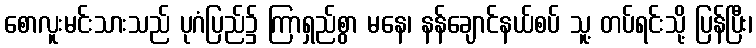
စောလူးမင်းသားသည် ပုဂံပြည်၌ ကြာရှည်စွာ မနေ၊ နန်ချောင်နယ်စပ် သူ့ တပ်ရင်းသို့ ပြန်ပြီး၊